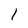
Character: I